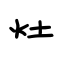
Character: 灶